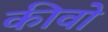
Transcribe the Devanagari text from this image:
कीवो